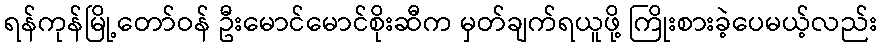
ရန်ကုန်မြို့တော်ဝန် ဦးမောင်မောင်စိုးဆီက မှတ်ချက်ရယူဖို့ ကြိုးစားခဲ့ပေမယ့်လည်း